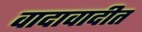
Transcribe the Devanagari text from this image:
वादावादीत